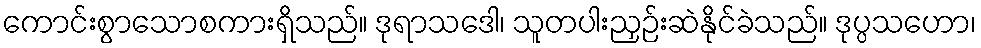
ကောင်းစွာသောစကားရှိသည်။ ဒုရာသဒေါ၊ သူတပါးညှဉ်းဆဲနိုင်ခဲသည်။ ဒုပ္ပသဟော၊